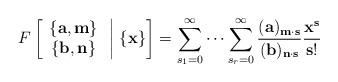
LaTeX: \begin{align*}F\left[ \begin{array}{c}\left\{ \textbf{a},\textbf{m}\right\}\\\left\{ \textbf{b},\textbf{n}\right\}\end{array}\;\middle|\;\{\textbf{x}\} \right] = \sum_{s_1=0}^{\infty}\dots\sum_{s_r=0}^{\infty} \frac{(\textbf{a})_{\textbf{m}\cdot \textbf{s}}}{(\textbf{b})_{\textbf{n}\cdot \textbf{s}}} \frac{\textbf{x}^\textbf{s}}{\textbf{s}!}\end{align*}